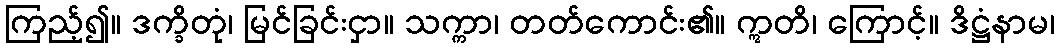
ကြည့်၍။ ဒက္ခိတုံ၊ မြင်ခြင်းငှာ။ သက္ကာ၊ တတ်ကောင်း၏။ ဣတိ၊ ကြောင့်။ ဒိဋ္ဌံနာမ၊